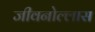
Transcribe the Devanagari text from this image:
जीवनोल्लास